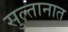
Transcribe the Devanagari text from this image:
सुल्तानात